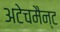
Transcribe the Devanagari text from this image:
अटेचमैन्ट